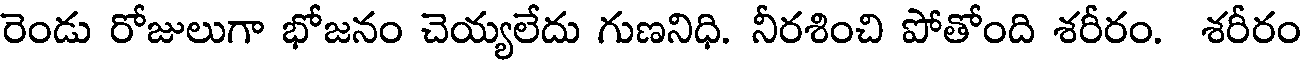
రెండు రోజులుగా భోజనం చెయ్యలేదు గుణనిధి. నీరశించి పోతోంది శరీరం. శరీరం